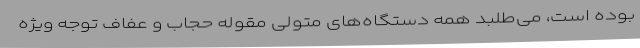
بوده است، می‌طلبد همه دستگاه‌های متولی مقوله حجاب و عفاف توجه ویژه